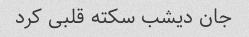
جان دیشب سکته قلبی کرد